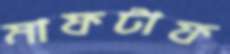
মাফটাফ